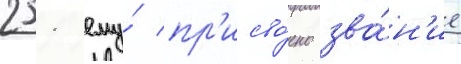
251 ему́ пр'исво́ено зва́н'ие